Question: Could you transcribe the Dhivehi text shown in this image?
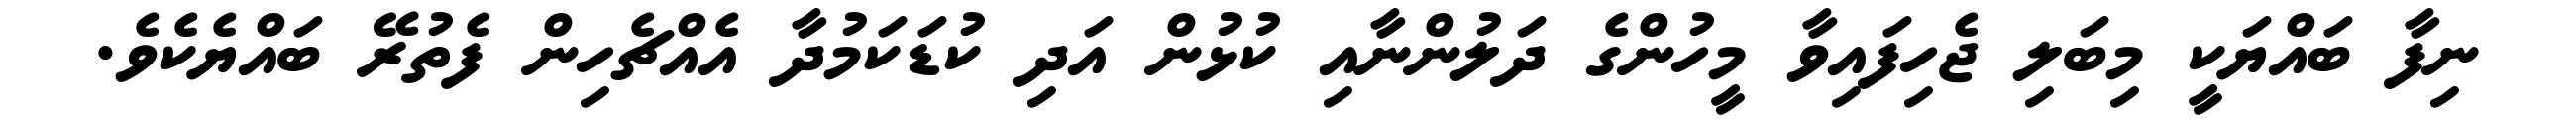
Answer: ނިފާ ބައްޔަކީ މިބަލި ޖެހިފައިވާ މީހުންގެ ދަލުންނާއި ކުޅުން އަދި ކުޑަކަމުދާ އެއްޗެހިން ފެތުރޭ ބައްޔެކެވެ.